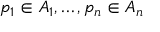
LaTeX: p _ { 1 } \in A _ { 1 } , \ldots , p _ { n } \in A _ { n }